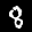
Label: 8